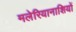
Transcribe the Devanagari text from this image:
मलेरियानाशियों